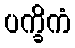
ပက္ခိကံ